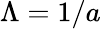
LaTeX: \Lambda=1/a